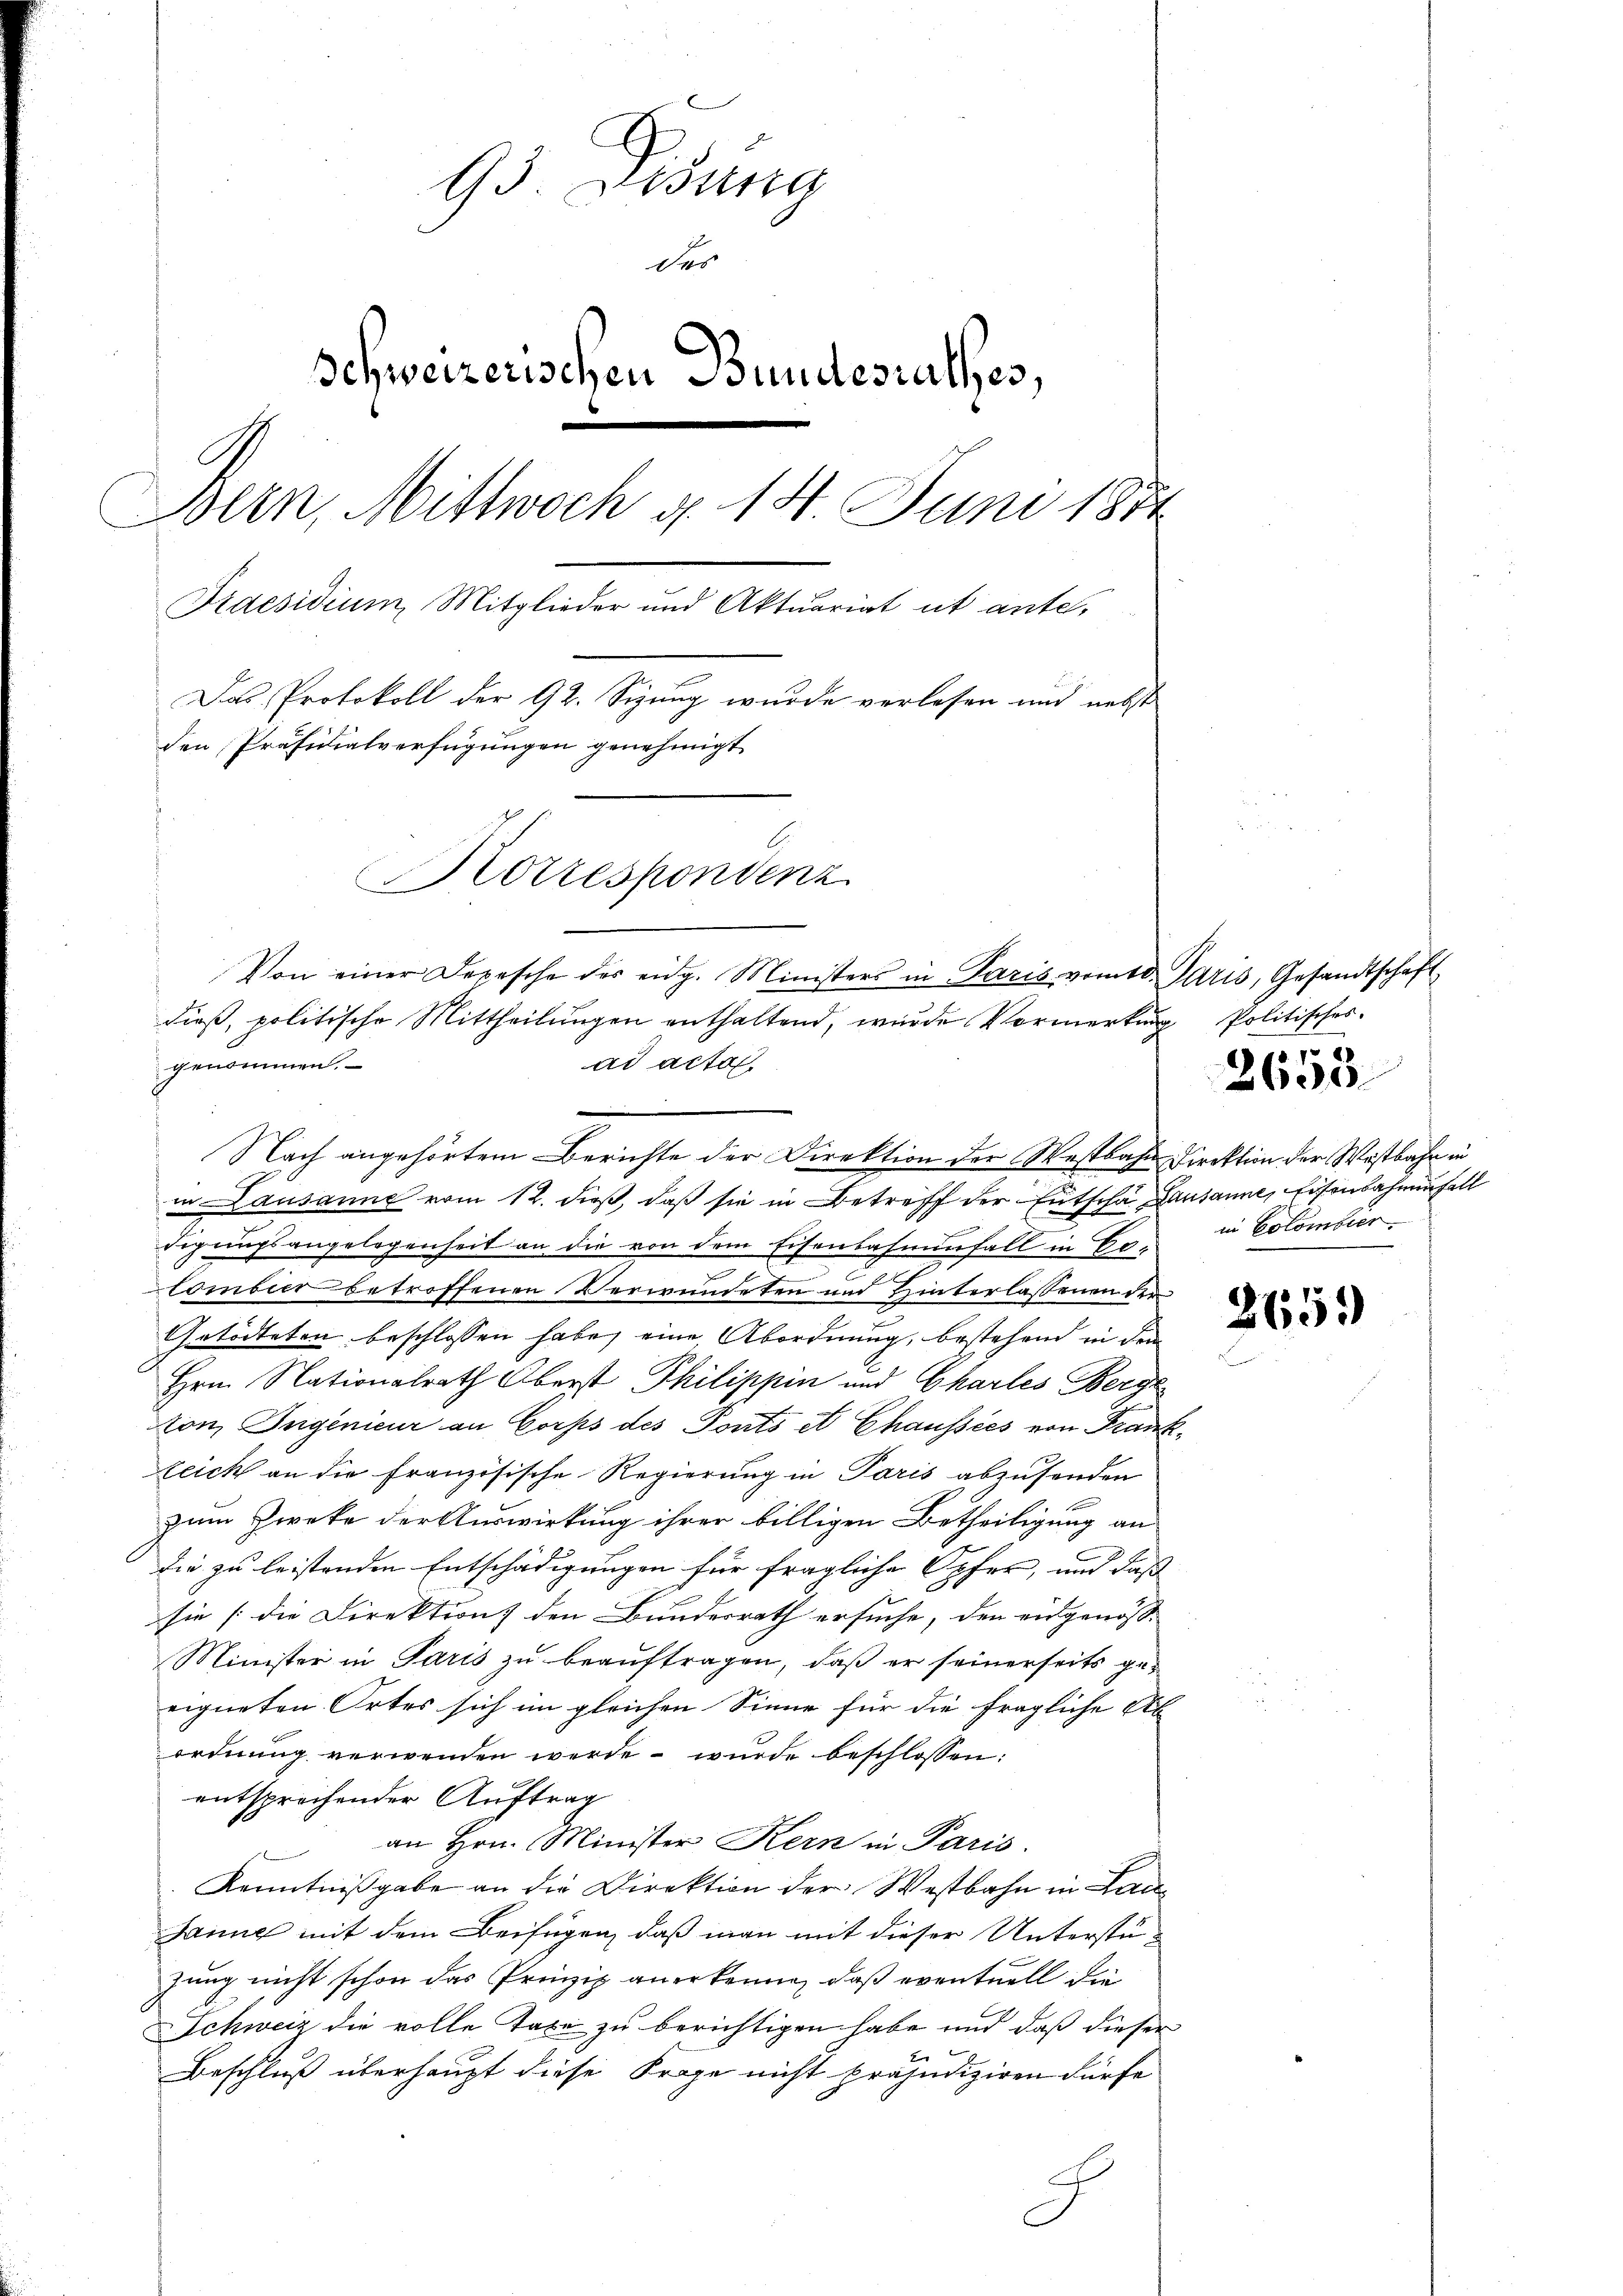
93. Desung
des
Schweizerischen Bundesrathes,
Bein, Mittwoch g. 14. Juni 1874
Praesidium, Mitglieder und Aktuariat ut ante,
Das Protokoll der 92. Sizung wurde verlesen und nebst
den Präsidialverfügungen genehmigt.
Korrespondenz
Von einer Depesche der eidg. Ministers in Paris vom 10. Paris, Gesandtschaft
dieß, politische Mittheilungen enthaltend, wurde Vormerkung Politisches.
genommen.
ad acte.

un Lausanne vom 12. dieß, daß sie in Betreff der Entscha Lausanne, Eisenbahnen Fall
digungsangelegenheit an die von dem Eisenbahnenfall in Co¬

Combier betroffenen Verwundeten und Hinterlassenen der¬
Getödteten beschlossen habe, eine Abordnung, bestehend in dem
Hrn. Nationalrath Oberst Philippin und Charles Berge
Aton, Ingenieur an Corps des Ponts et Chaussées von Frank¬
Leich an die französische Regierung in Paris abzusenden
zum Zwecke der Auswirkung ihrer billigen Betheiligung an
die zu leistenden Entschädigungen für fragliche Opfer, und daß
sie [die Direktion den Bundesrath ersuche, den eidgenöss-
Minister in Paris zu beauftragen, daß er seinerseits geeigneten Ortes sich im gleichen Sinne für die fragliche Ab
ordnung verwenden werde wurde beschlossen:
entsprechender Auftrag
an Hrn. Minister Kern in Paris.
Kenntnißgabe an die Direktion der Westbahn in Lau¬
Janne mit dem Beifügen, daß man mit dieser Unterstüzung nicht schon das Prinzip anerkennen, daß eventuell die
Schweiz die volle Taxe zu berichtigen habe und daß dieser
Beschluß überhaupt diese Frage nicht präjudiziren dürfe
C

Nach angehörtem Berichte der Direktion der Westbahn Direktion der Westbahn in

in Colombier

2658

2151)